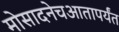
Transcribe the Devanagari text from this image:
मोसादनेचआतापर्यंत